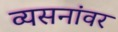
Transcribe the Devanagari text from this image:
व्यसनांवर